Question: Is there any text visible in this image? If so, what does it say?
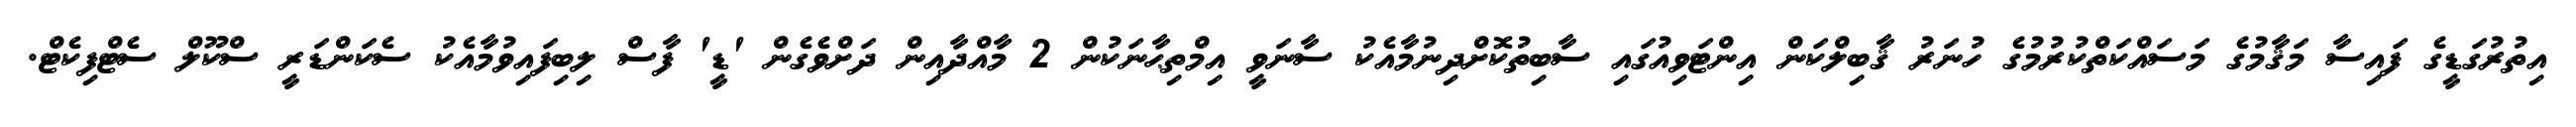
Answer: އިތުރުގަޑީގެ ފައިސާ މަޤާމުގެ މަސައްކަތްކުރުމުގެ ހުނަރު ޤާބިލްކަން އިންޓަވިއުގައި ސާބިތުކޮށްދިނުމާއެކު ސާނަވީ އިމްތިޙާނަކުން 2 މާއްދާއިން ދަށްވެގެން 'ޑީ' ފާސް ލިބިފައިވުމާއެކު ސެކަންޑަރީ ސްކޫލް ސެޓްފިކެޓް.